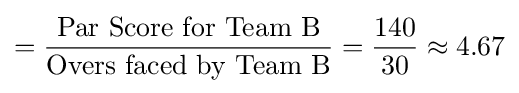
={\frac {\text{Par Score for Team B}}{\text{Overs faced by Team B}}}={\frac {140}{30}}\approx 4.67